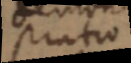
stratio